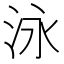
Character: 泳